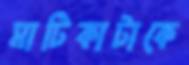
মাটিকাটাকে